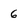
Character: 6